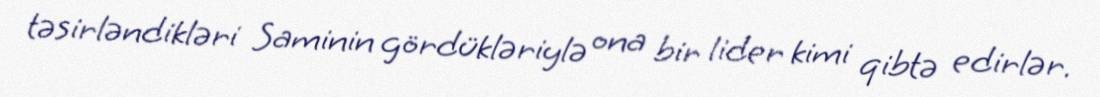
təsirləndikləri Saminin gördükləriylə ona bir lider kimi qibtə edirlər.